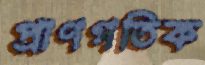
প্রাণগতিক